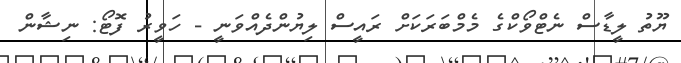
ޔޫތު ލީޑާސް ނެޓްވޯކްގެ މެމްބަރަކަށް ރައީސް ލިޔުންދެއްވަނީ - ހަވީރު ފޮޓޯ: ނިޝާން